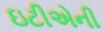
ઇટીએની